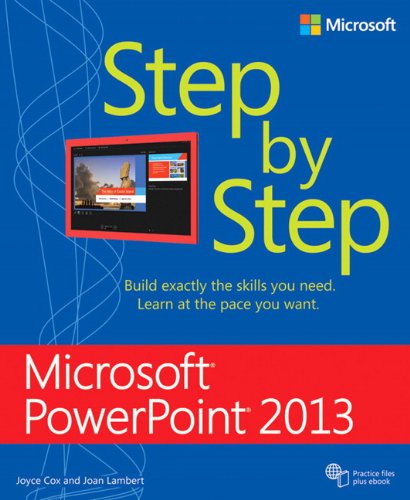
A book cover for Microsoft PowerPoint 2013 Step by Step; Joan Lambert; Computers & Technology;